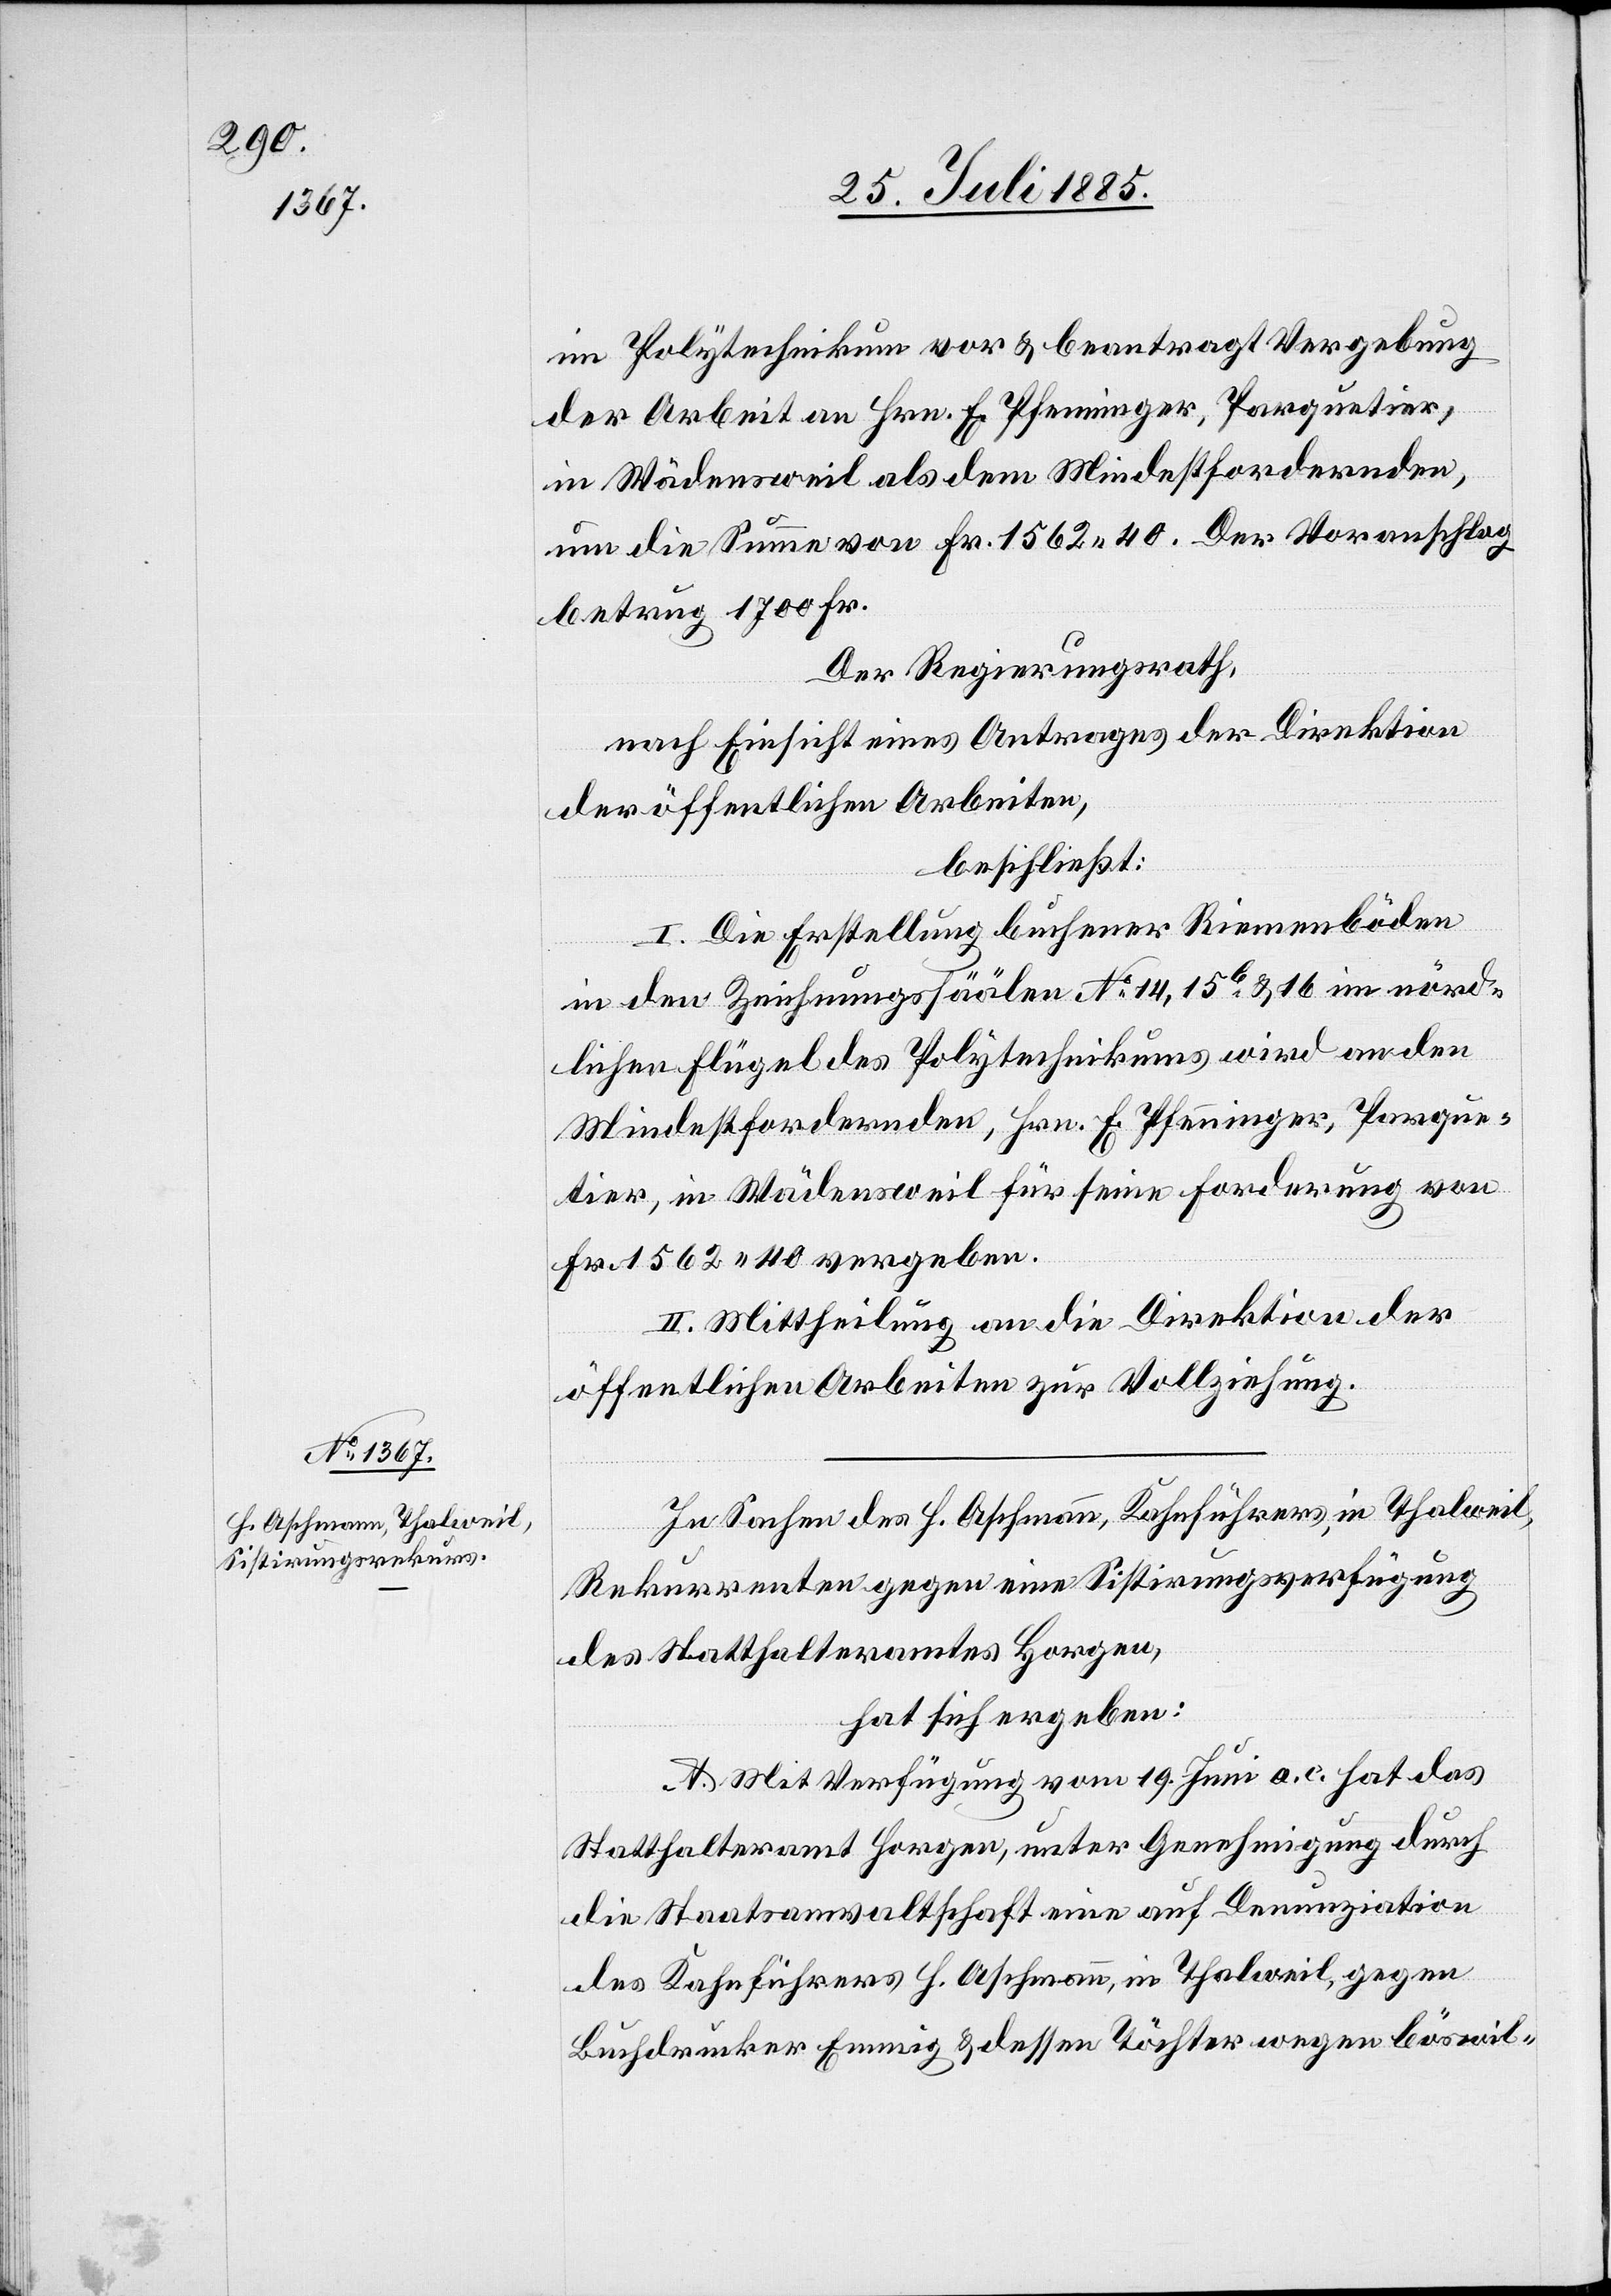
im Polytechnikum vor & beantragt Vergebung
der Arbeit an Hrn. E. Pfenninger, Parquetier,
in Wädensweil als dem Mindestfordernden,
um die Summe von Fr. 1562 40. Der Voranschlag
betrug 1700 Fr.
Der Regierungsrath,
nach Einsicht eines Antrages der Direktion
der öffentlichen Arbeiten,
beschließt:
I. Die Erstellung buchener Riemenböden
in den Zeichnungssäälen No 14, 15b & 16 im nörd¬
lichen Flügel des Polytechnikums wird an den
Mindestfordernden, Hrn. E. Pfenninger, Parque¬
tier, in Wädensweil für seine Forderung von
Fr. 1562 40 vergeben.
II. Mittheilung an die Direktion der
öffentlichen Arbeiten zur Vollziehung.
In Sachen des H. Aschmann, Kahnführers, in Thalweil,
Rekurrenten gegen eine Sistirungsverfügung
des Statthalteramtes Horgen,
hat sich ergeben:
A. Mit Verfügung vom 19. Juni a. c. hat das
Statthalteramt Horgen, unter Genehmigung durch
die Staatsanwaltschaft eine auf Denunziation
des Kahnführers H. Aschmann, in Thalweil, gegen
Buchdrucker Emmig & dessen Töchter wegen böswil-